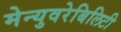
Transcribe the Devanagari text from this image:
मेन्युवरेबिलिटी